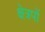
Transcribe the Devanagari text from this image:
क्षेत्रपों